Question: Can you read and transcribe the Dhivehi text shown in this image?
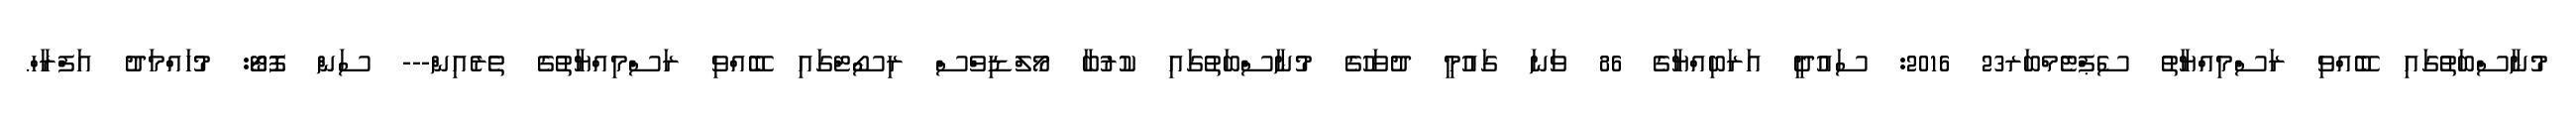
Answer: މުނާސްބަތުގައި ބޭއްވި ރަސްމިއްޔާތު ސެޕްޓެމްބަރ23 2016: ސައުދީ އަރަބިއްޔާގެ 86 ވަނަ ގައުމީ ދުވަހުގެ މުނާސްބަތުގައި ކުރުބާ މޯލްޑިވްސް ރިސޯޓްގައި ބޭއްވި ރަސްމިއްޔާތުގެ ތެރެއިން--- ސަން ފޮޓޯ: މުހައްމަދު އަފްރާހް.